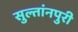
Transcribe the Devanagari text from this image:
सुल्तांनपुरी